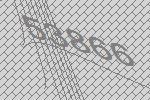
53866